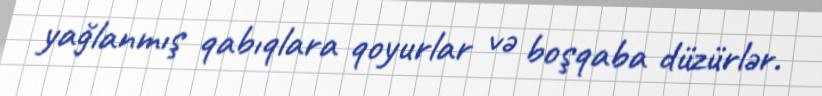
yağlanmış qabıqlara qoyurlar və boşqaba düzürlər.